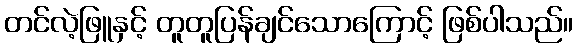
တင်လဲ့ဖြူနှင့် တူတူပြန်ချင်သောကြောင့် ဖြစ်ပါသည်။